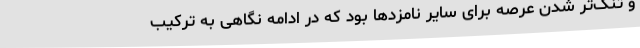
و تنگ‌تر شدن عرصه برای سایر نامزدها بود که در ادامه نگاهی به ترکیب